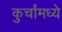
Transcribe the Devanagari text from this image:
कुर्चांमध्ये